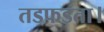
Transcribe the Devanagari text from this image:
तडफडता।